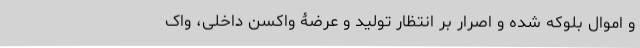
و اموال بلوکه شده و اصرار بر انتظار تولید و عرضۀ واکسن داخلی، واک